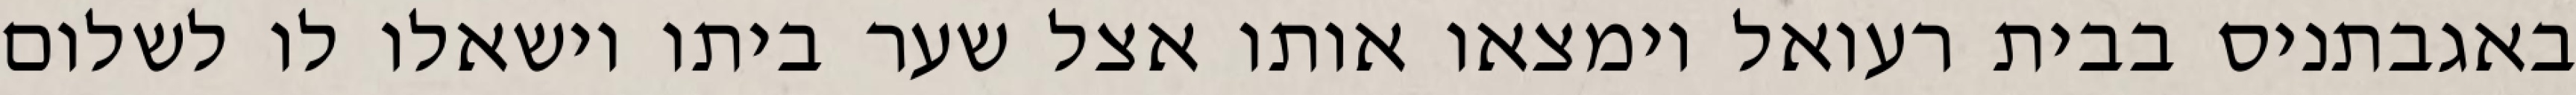
באגבתניס בבית רעואל וימצאו אותו אצל שער ביתו וישאלו לו לשלום